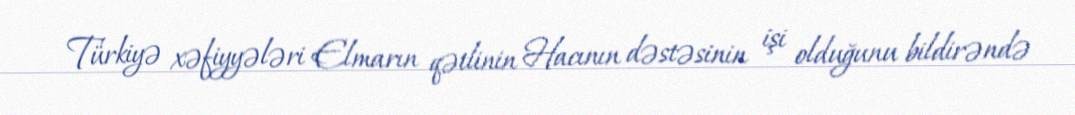
Türkiyə xəfiyyələri Elmarın qətlinin Hacının dəstəsinin işi olduğunu bildirəndə